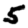
Digit: 5